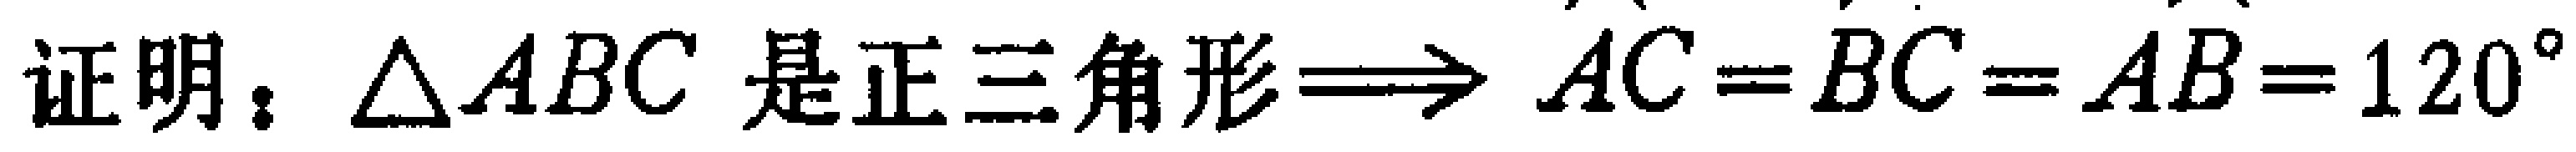
证明：$\triangle ABC$ 是正三角形$\Longrightarrow AC = BC = AB = 120^{\circ}$